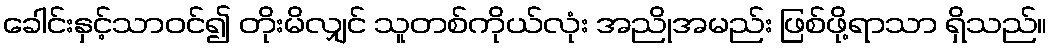
ခေါင်းနှင့်သာဝင်၍ တိုးမိလျှင် သူတစ်ကိုယ်လုံး အညိုအမည်း ဖြစ်ဖို့ရာသာ ရှိသည်။